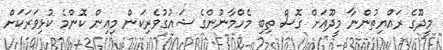
މީދޫގެ ރައްޔިތުންނާ މީދޫއަށް ގޮސް ތިބި މެހްމާނުންގެ ޝައުގުވެރިކަން މިއިން ކޮންމެ ކުޅިވަރަކަށް